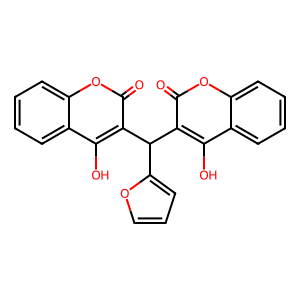
SMILES: O=c1oc2ccccc2c(O)c1C(c1ccco1)c1c(O)c2ccccc2oc1=O
Inhibits HIV replication: No